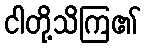
ငါတို့သိကြ၏